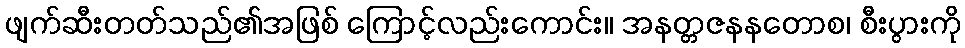
ဖျက်ဆီးတတ်သည်၏အဖြစ် ကြောင့်လည်းကောင်း။ အနတ္တဇနနတောစ၊ စီးပွားကို